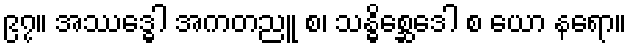
၉၇။ အဿဒ္ဓေါ အကတညူ စ၊ သန္ဓိစ္ဆေဒေါ စ ယော နရော။